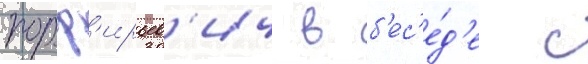
порф'ирьев'ич в б'ес'е́д'е с